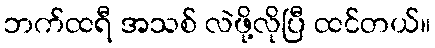
ဘက်ထရီ အသစ် လဲဖို့လိုပြီ ထင်တယ်။